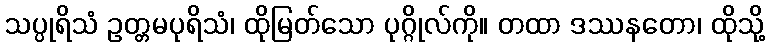
သပ္ပုရိသံ ဥတ္တမပုရိသံ၊ ထိုမြတ်သော ပုဂ္ဂိုလ်ကို။ တထာ ဒဿနတော၊ ထိုသို့